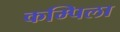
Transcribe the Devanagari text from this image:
कम्पिला